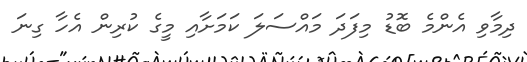
ދިމާވި އެންމެ ބޮޑު މިފަދަ މައްސަލަ ކަމަށާއި މީގެ ކުރިން އެހާ ގިނަ